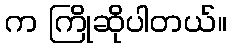
က ကြိုဆိုပါတယ်။